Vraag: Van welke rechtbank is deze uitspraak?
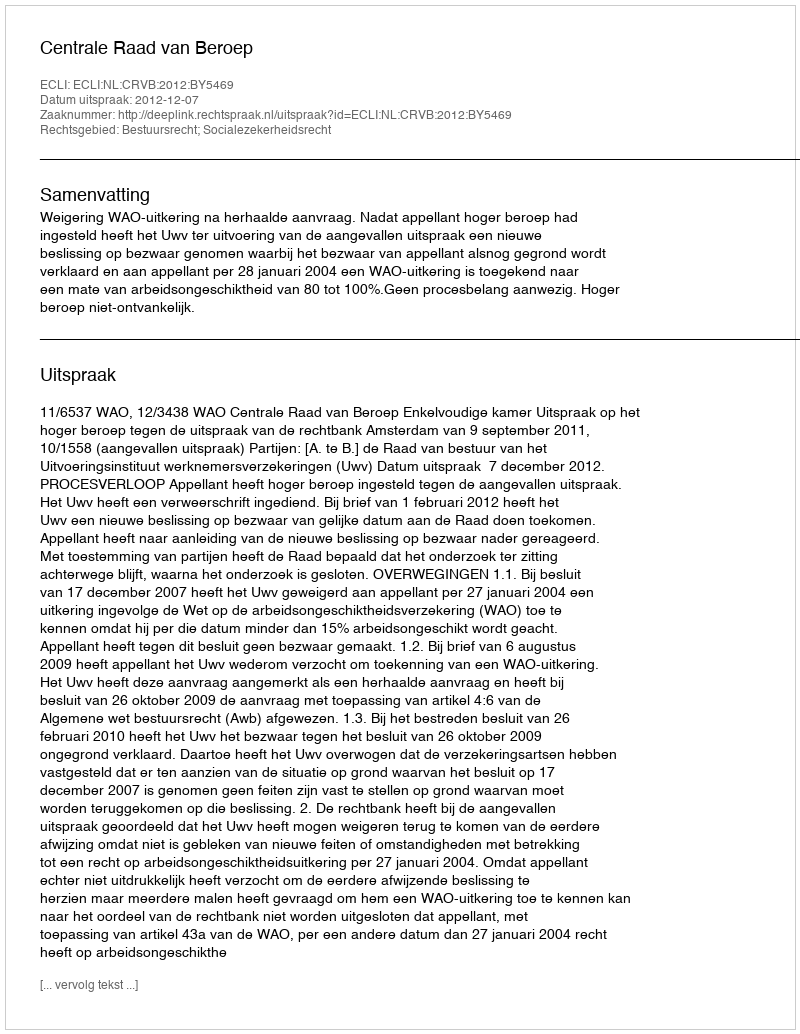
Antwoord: Centrale Raad van Beroep